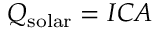
Q _ { \mathrm { s o l a r } } = I C A